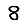
Digit: 8